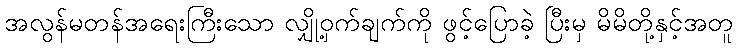
အလွန်မတန်အရေးကြီးသော လျှို့ဝှက်ချက်ကို ဖွင့်ပြောခဲ့ ပြီးမှ မိမိတို့နှင့်အတူ